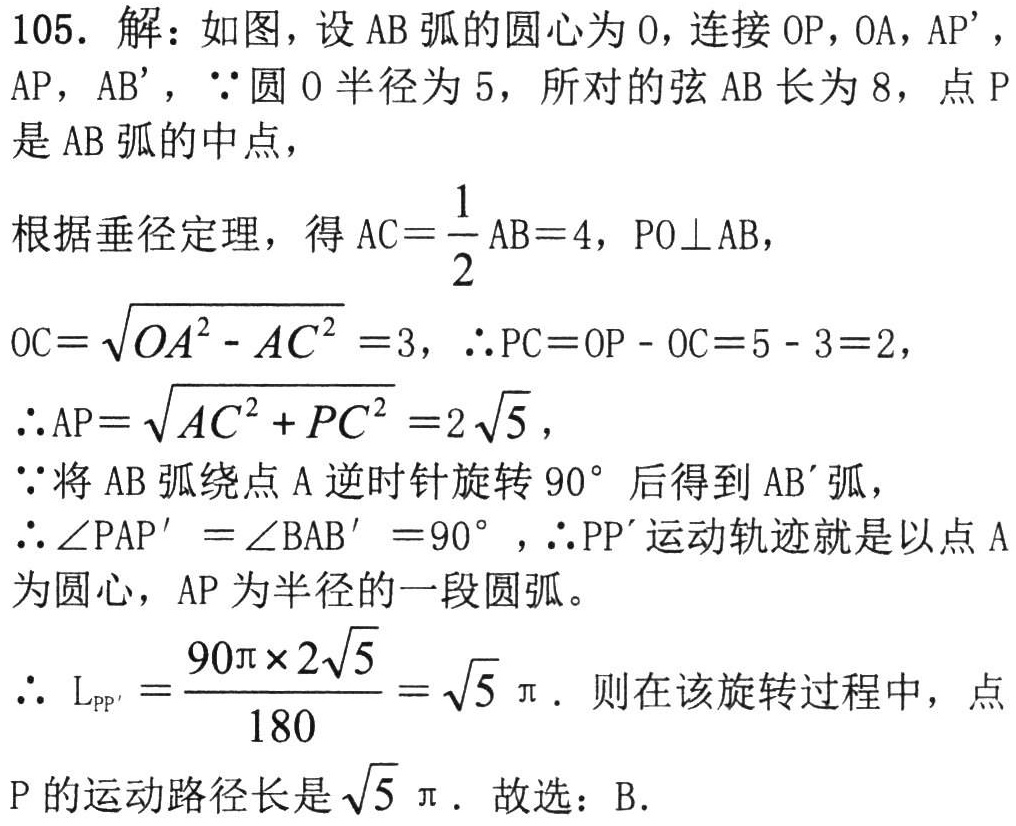
105. 解：如图，设 \(AB\) 弧的圆心为 \(O\)，连接 \(OP\)，\(OA\)，\(AP'\)，\(AP\)，\(AB'\)，\(\because\)圆 \(O\) 半径为 \(5\)，所对的弦 \(AB\) 长为 \(8\)，点 \(P\) 是 \(AB\) 弧的中点，
根据垂径定理，得 \(AC = \frac{1}{2}AB = 4\)，\(PO\perp AB\)，
\(OC = \sqrt{OA^{2} - AC^{2}} = 3\)，\(\therefore PC = OP - OC = 5 - 3 = 2\)，
\(\therefore AP = \sqrt{AC^{2} + PC^{2}} = 2\sqrt{5}\)，
\(\because\)将 \(AB\) 弧绕点 \(A\) 逆时针旋转 \(90^{\circ}\) 后得到 \(AB'\) 弧，
\(\therefore\angle PAP' = \angle BAB' = 90^{\circ}\)，\(\therefore PP'\) 运动轨迹就是以点 \(A\) 为圆心，\(AP\) 为半径的一段圆弧。
\(\therefore\ L_{PP'} = \frac{90\pi\times2\sqrt{5}}{180} = \sqrt{5}\pi\). 则在该旋转过程中，点 \(P\) 的运动路径长是 \(\sqrt{5}\pi\). 故选：B.